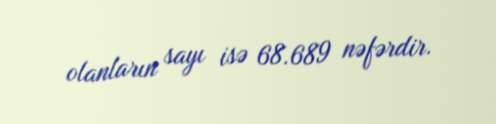
olanların sayı isə 68.689 nəfərdir.